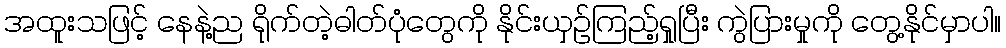
အထူးသဖြင့် နေနဲ့ည ရိုက်တဲ့ဓါတ်ပုံတွေကို နိုင်းယှဉ်ကြည့်ရှုပြီး ကွဲပြားမှုကို တွေ့နိုင်မှာပါ။